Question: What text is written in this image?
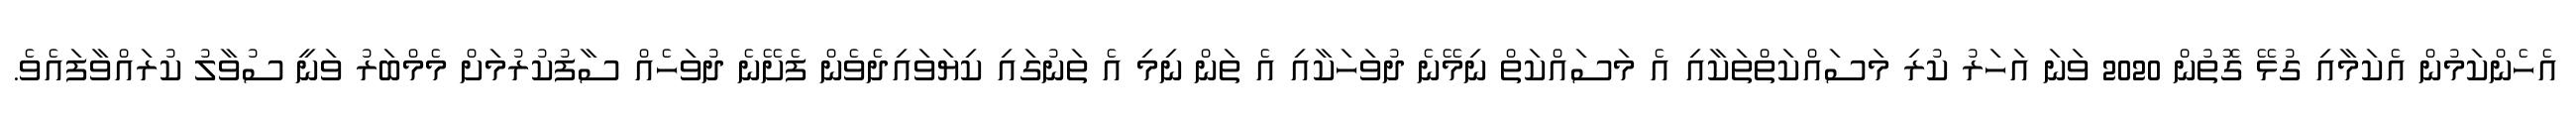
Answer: އެހެންކަމުން އެކަމާއި ގުޅޭ ގޮތުން 2020 ވަނަ އަހަރު ކުރި މަސައްކަތްތަކާއި އެ މަސައްކަތް ނިމޭނެ ދުވަހަކާއި އެ ތަން ނިމި އެ ތަނުގައި ކިޔަވައިދެވެން ފެށޭނެ ދުވަހެއް ސާފުކުރުމަށް މެމްބަރު ވަނީ ސުވާލު ކުރައްވާފައެވެ.